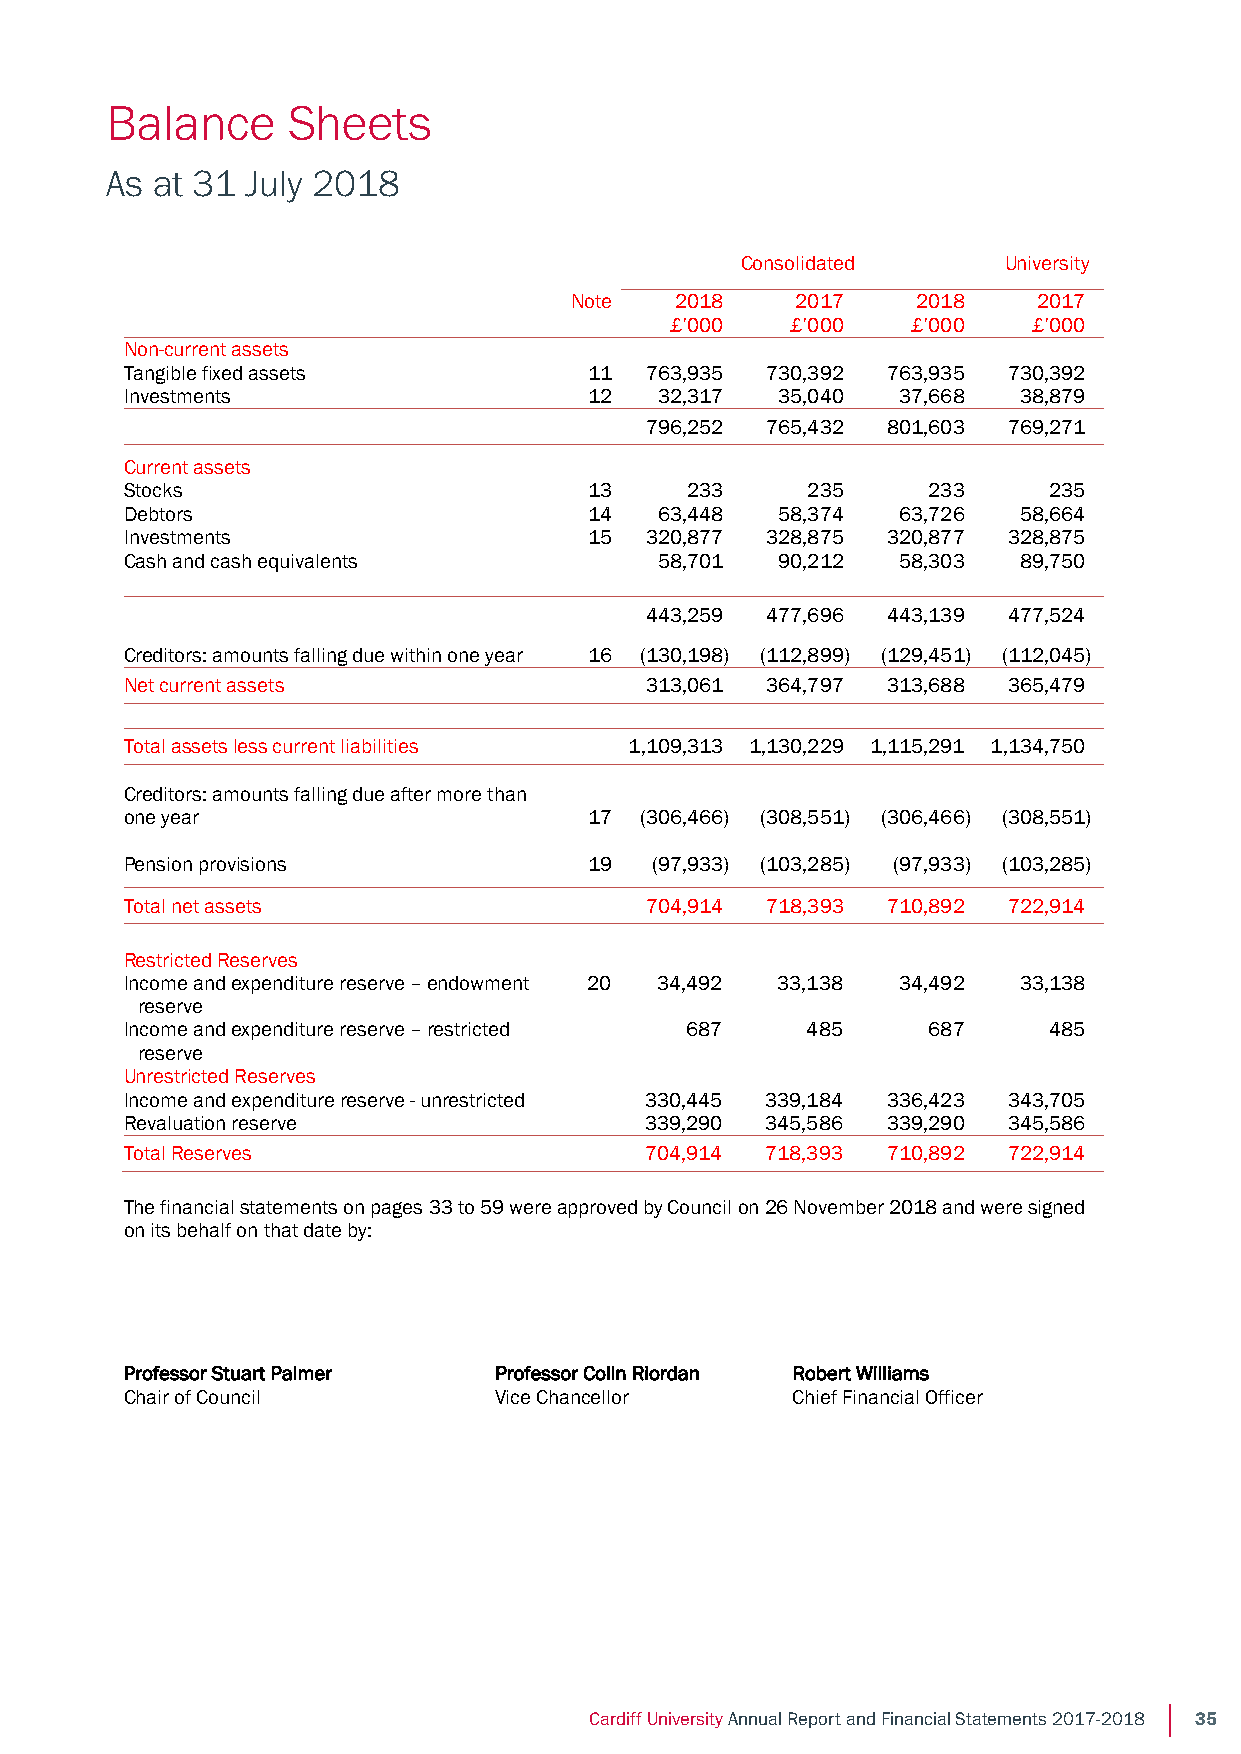
Balance Sheets
 Balance     Sheets
 As at 31 July 2018
 As at 31 July 2018
 Consolidated     University
 Note   2018    2017    2018    2017
 £’000   £’000   £’000   £’000
 Non-current assets
 Tangible fixed assets          11  763,935 730,392 763,935 730,392
 Investments                    12   32,317 35,040  37,668  38,879
 796,252 765,432 801,603 769,271
 Current assets
 Stocks                         13    233     235     233     235
 Debtors                        14   63,448 58,374  63,726  58,664
 Investments                    15  320,877 328,875 320,877 328,875
 Cash and cash equivalents           58,701 90,212  58,303  89,750
 443,259 477,696 443,139 477,524
 Creditors: amounts falling due within one year 16 (130,198) (112,899) (129,451) (112,045)
 Net current assets                 313,061 364,797 313,688 365,479
 Total assets less current liabilities 1,109,313 1,130,229 1,115,291 1,134,750
 Creditors: amounts falling due after more than
 one year                       17 (306,466) (308,551) (306,466) (308,551)
 Pension provisions             19  (97,933) (103,285) (97,933) (103,285)
 Total net assets                   704,914 718,393 710,892 722,914
 Restricted Reserves
 Income and expenditure reserve – endowment 20 34,492 33,138 34,492 33,138
 reserve
 Income and expenditure reserve – restricted 687 485  687     485
 reserve
 Unrestricted Reserves
 Income and expenditure reserve - unrestricted 330,445 339,184 336,423 343,705
 Revaluation reserve                339,290 345,586 339,290 345,586
 Total Reserves                     704,914 718,393 710,892 722,914
 The financial statements on pages 33 to 59 were approved by Council on 26 November 2018 and were signed
 on its behalf on that date by:
 Professor Stuart Palmer  Professor Colin Riordan Robert Williams
 Chair of Council         Vice Chancellor    Chief Financial Officer
 29
 Cardiff University Annual Report and Financial Statements 2017-2018 35